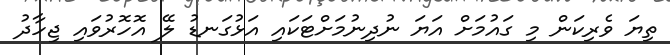
ތިޔަ ވެރިކަން މި ގައުމަށް އަޔަ ނުދިނުމަށްޓަކައި އަޅުގަނޑު ލޭ އޮހޮރުވައި ޖިހާދު